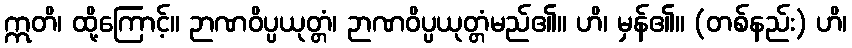
ဣတိ၊ ထို့ကြောင့်။ ဉာဏဝိပ္ပယုတ္တံ၊ ဉာဏဝိပ္ပယုတ္တံမည်၏။ ဟိ၊ မှန်၏။ (တစ်နည်း) ဟိ၊